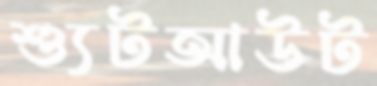
শ্যুটআউট